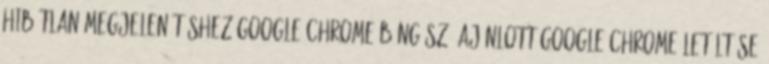
Hibátlan megjelenítéshez Google Chrome böngésző ajánlott Google Chrome letöltése